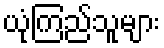
ယုံကြည်သူများ